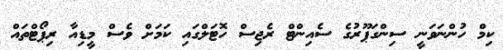
ކިމް ހުންނަވަނީ ސިންގަޕޫރުގެ ސެއިންޓް ރެޖިސް ހޮޓަލްގައި ކަމަށް ވެސް މީޑިއާ ރިޕޯޓްތައް